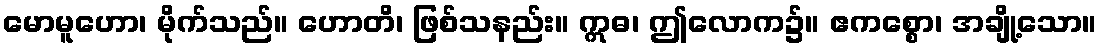
မောမူဟော၊ မိုက်သည်။ ဟောတိ၊ ဖြစ်သနည်း။ ဣဓ၊ ဤလောက၌။ ဧကစ္စော၊ အချို့သော။